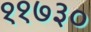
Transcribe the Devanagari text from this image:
११७३०